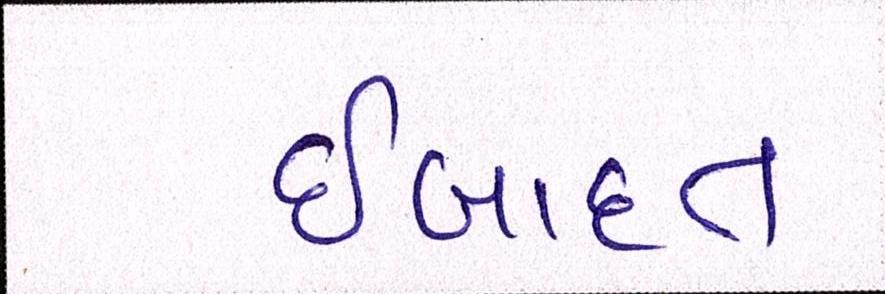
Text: ઈબાદત